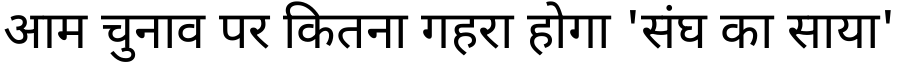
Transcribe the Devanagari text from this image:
आम चुनाव पर कितना गहरा होगा 'संघ का साया'